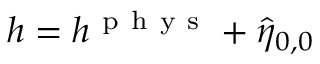
h = h ^ { \mathrm { ~ p ~ h ~ y ~ s ~ } } + \hat { \eta } _ { 0 , 0 }